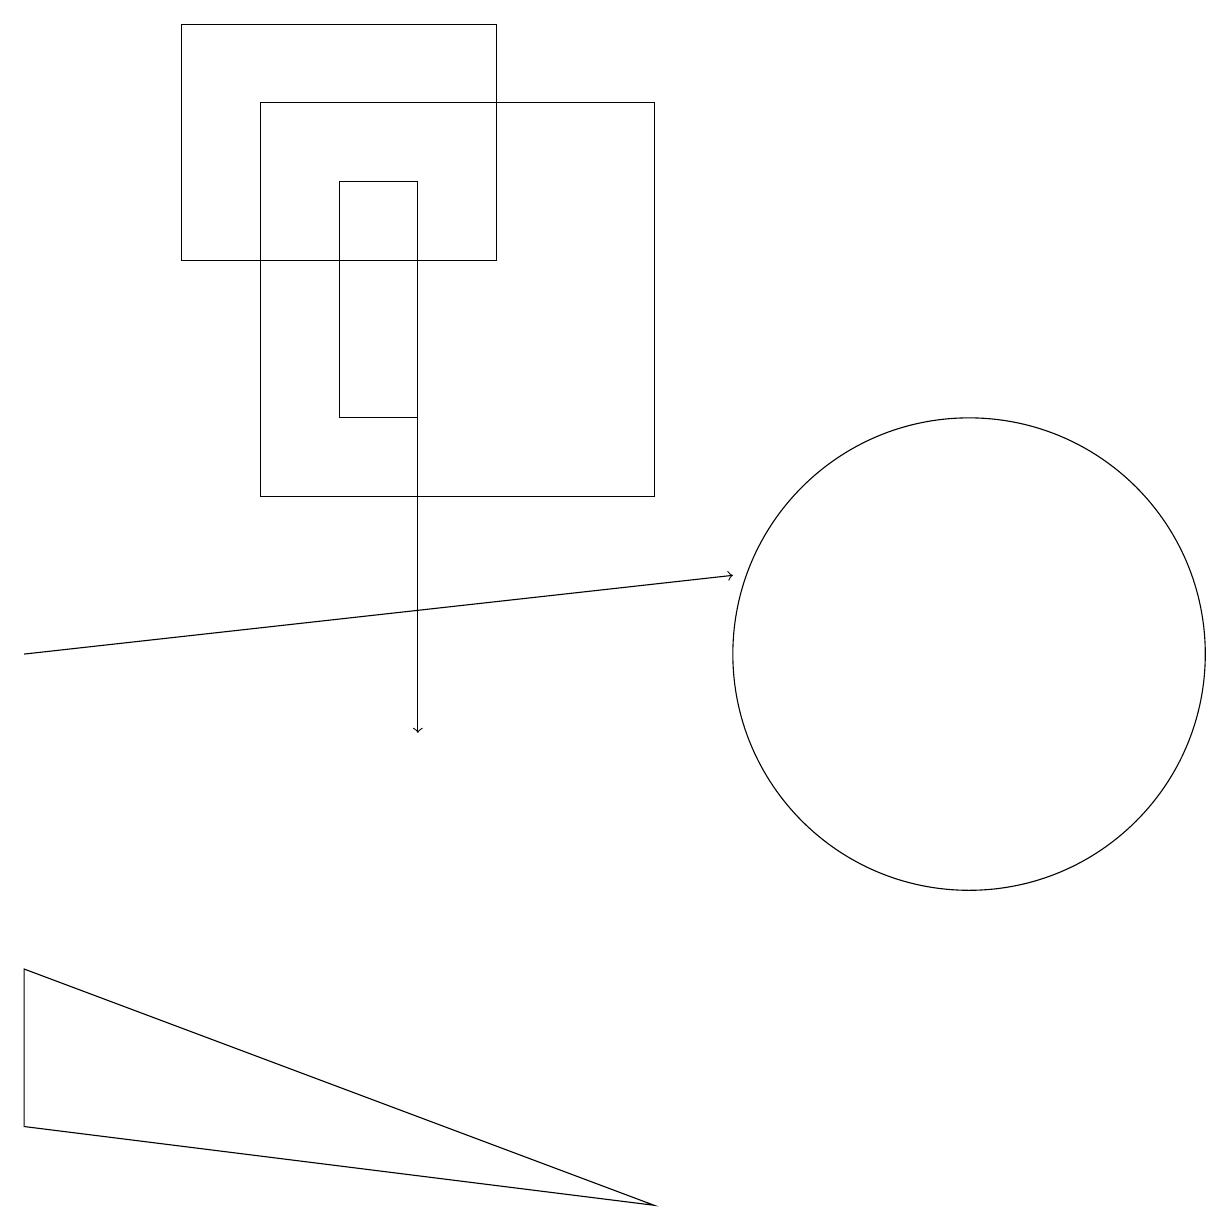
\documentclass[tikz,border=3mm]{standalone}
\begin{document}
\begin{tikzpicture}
\draw (12,11) circle (3);
\draw (5,14) rectangle (4,17);
\draw (6,19) rectangle (2,16);
\draw[->] (5,16) -- (5,10);
\draw (8,18) rectangle (3,13);
\draw (0,7) -- (0,5) -- (8,4) -- cycle;
\draw[->] (0,11) -- (9,12);
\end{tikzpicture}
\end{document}